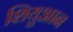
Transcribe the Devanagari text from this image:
शियुआन